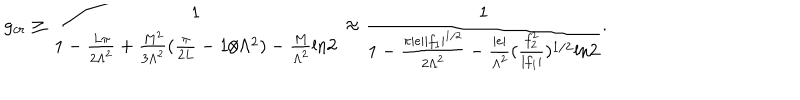
LaTeX: g _ { c r } \ge \frac { 1 } { 1 - \frac { L \pi } { 2 \Lambda ^ { 2 } } + \frac { M ^ { 2 } } { 3 \Lambda ^ { 2 } } ( \frac { \pi } { 2 L } - 1 / \Lambda ^ { 2 } ) - \frac { M } { \Lambda ^ { 2 } } \mathrm { l n } 2 } \approx \frac { 1 } { 1 - \frac { \pi | e | | f _ { 1 } | ^ { 1 / 2 } } { 2 \Lambda ^ { 2 } } - \frac { | e | } { \Lambda ^ { 2 } } ( \frac { f _ { 2 } ^ { 2 } } { | f _ { 1 } | } ) ^ { 1 / 2 } \mathrm { l n } 2 } .